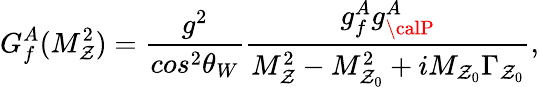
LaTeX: G_{f}^{A}(M_{\mathcal{Z}}^{2})=\frac{{g^{2}}}{{cos^{2}\theta_{W}}}\frac{{g_{f}^{A}g_{\calP}^{A}}}{{M_{\mathcal{Z}}^{2}-M_{\mathcal{Z}_{0}}^{2}+iM_{\mathcal{Z}_{0}}\Gamma_{\mathcal{Z}_{0}}}},